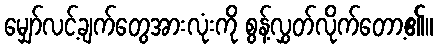
မျှော်လင့်ချက်တွေအားလုံးကို စွန့်လွှတ်လိုက်တော့၏။